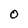
Character: 0